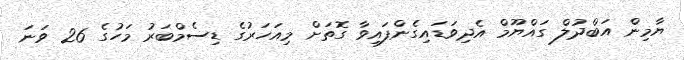
ޔާމިން އަބްދުލް ގައްޔޫމް އެދިވަޑައިގެންފައިވާ ގޮތަށް މިއަހަރުގެ ޑިސެމްބަރު މަހުގެ 26 ވަނަ